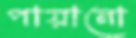
পায়ানো